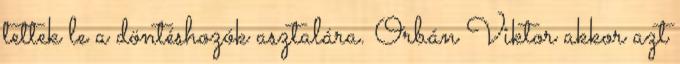
tettek le a döntéshozók asztalára. Orbán Viktor akkor azt